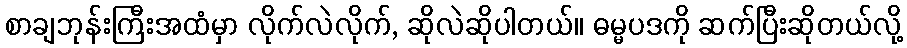
စာချဘုန်းကြီးအထံမှာ လိုက်လဲလိုက်, ဆိုလဲဆိုပါတယ်။ ဓမ္မပဒကို ဆက်ပြီးဆိုတယ်လို့